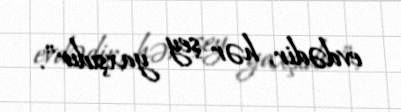
evdədir, hər şey yaxşıdır”.